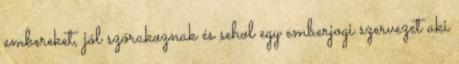
embereket, jól szórakoznak és sehol egy emberjogi szervezet aki